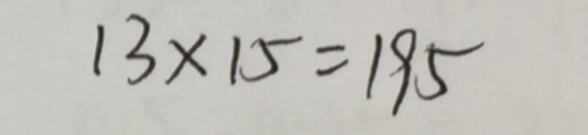
1 3 \times 1 5 = 1 9 5